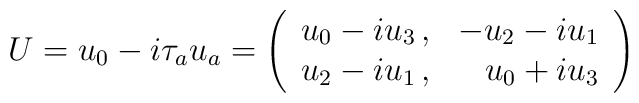
U = u_0 - i \tau_a u_a      = \left(  \begin{array}{rr}                   u_0-i u_3\,, & -u_2 - i u_1 \cr                   u_2-i u_1\,, &  u_0 + i u_3 \cr                \end{array}        \right)